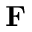
\ensuremath { \mathbf { F } }